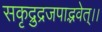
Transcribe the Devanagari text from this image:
सकृद्रुद्रजपाद्भवेत्।।